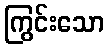
ကြွင်းသော